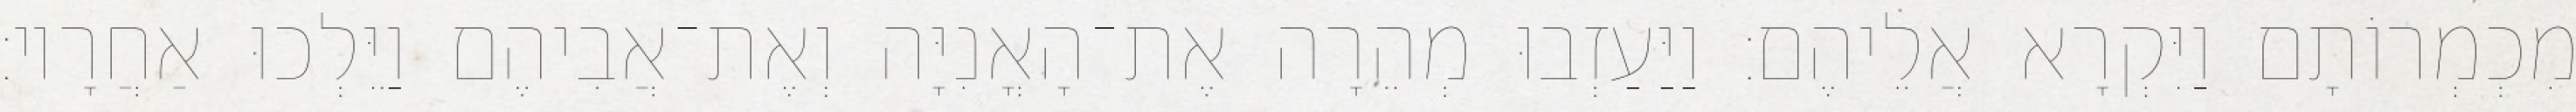
מִכְמְרוֹתָם וַיִּקְרָא אֲלֵיהֶם׃ וַיַּעַזְבוּ מְהֵרָה אֶת־הָאֳנִיָּה וְאֶת־אֲבִיהֶם וַיֵּלְכוּ אַחֲרָיו׃